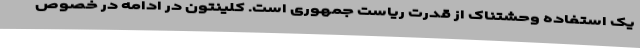
یک استفاده وحشتناک از قدرت ریاست جمهوری است. کلینتون در ادامه در خصوص